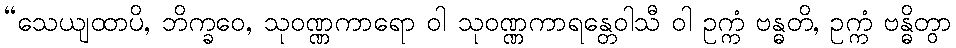
“သေယျထာပိ, ဘိက္ခဝေ, သုဝဏ္ဏကာရော ဝါ သုဝဏ္ဏကာရန္တေဝါသီ ဝါ ဥက္ကံ ဗန္ဓတိ, ဥက္ကံ ဗန္ဓိတွာ